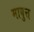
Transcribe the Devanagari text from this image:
माबुत्त